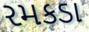
રમકડા